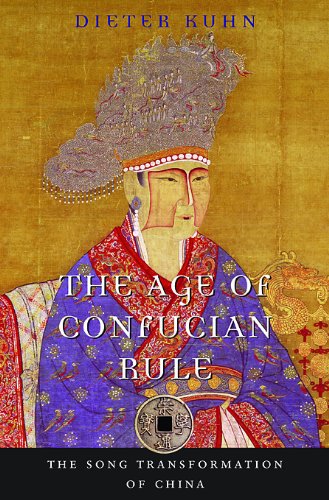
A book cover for The Age of Confucian Rule: The Song Transformation of China (History of Imperial China); Dieter Kuhn; Religion & Spirituality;